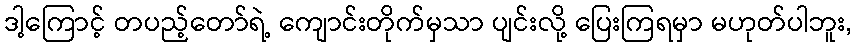
ဒါ့ကြောင့် တပည့်တော်ရဲ့ ကျောင်းတိုက်မှသာ ပျင်းလို့ ပြေးကြရမှာ မဟုတ်ပါဘူး,